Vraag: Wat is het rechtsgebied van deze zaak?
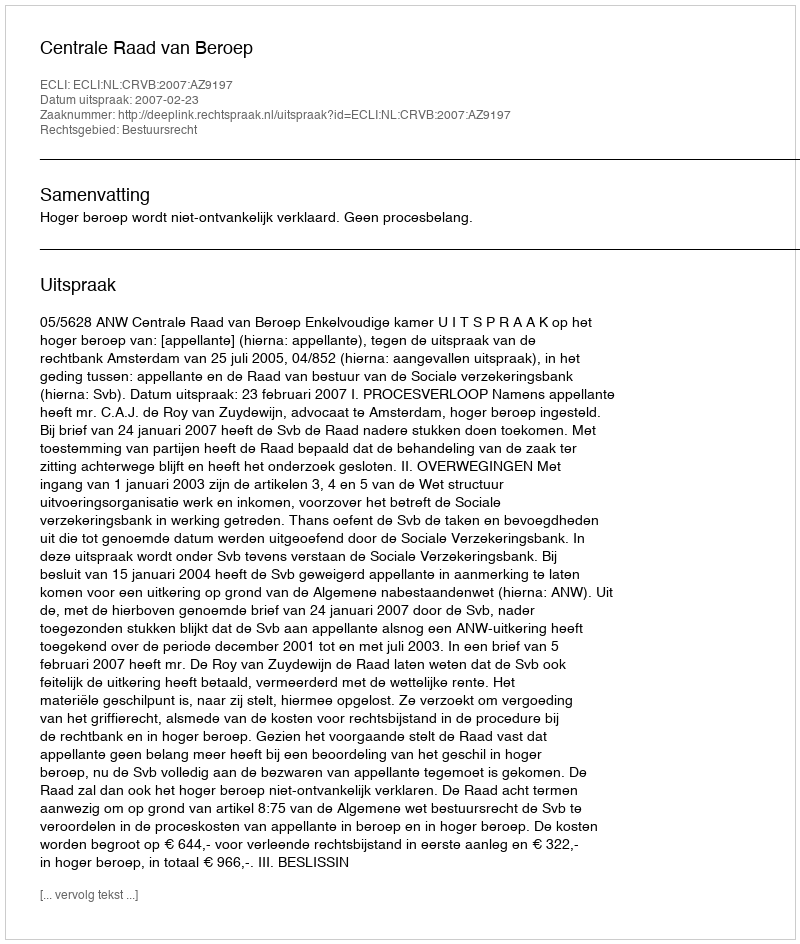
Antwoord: Bestuursrecht